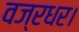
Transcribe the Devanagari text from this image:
वज्रधर।